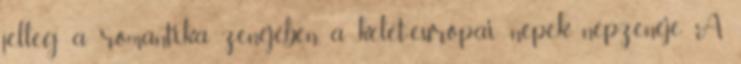
jelleg a romantika zenéjében, a kelet-európai népek népzenéje. A